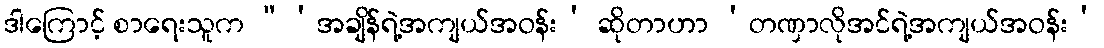
ဒါကြောင့် စာရေးသူက “‘အချိန်ရဲ့အကျယ်အဝန်း’ ဆိုတာဟာ ‘တဏှာလိုအင်ရဲ့အကျယ်အဝန်း’